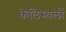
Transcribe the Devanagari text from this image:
केलिस्थलों